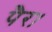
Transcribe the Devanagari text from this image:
पैर।